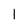
Character: 1